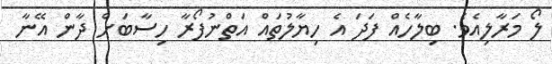
ލޯ މަރާލިއެވެ. ބިލާހެއް ފަދަ އެ ހިޔާލުތައް އަތްނުފޯރާ ހިސާބަށް ދާން އޭނާ